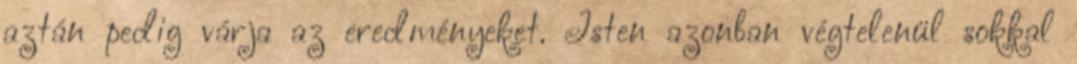
aztán pedig várja az eredményeket. Isten azonban végtelenül sokkal